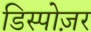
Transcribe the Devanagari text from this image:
डिस्पोज़र